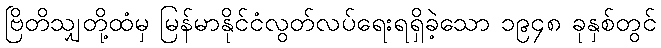
ဗြိတိသျှတို့ထံမှ မြန်မာနိုင်ငံလွတ်လပ်ရေးရရှိခဲ့သော ၁၉၄၈ ခုနှစ်တွင်